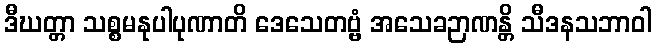
ဒီဃတ္တာ သစ္စမနုပါပုဏာတိ ဒေသေတဗ္ဗံ အသေခဉာဏန္တိ သီဒနသဘာဝါ